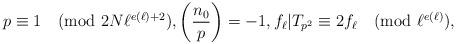
LaTeX: \begin{align*} p\equiv 1 \pmod{2N\ell^{e(\ell)+2} }, \left(\frac{n_0}{p}\right)=-1, f_{\ell}|T_{p^2}\equiv 2f_{\ell} \pmod{\ell^{e(\ell)}},\end{align*}